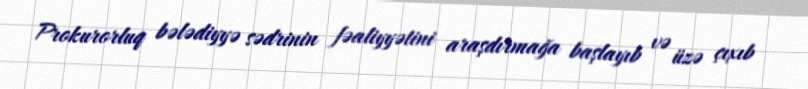
Prokurorluq bələdiyyə sədrinin fəaliyyətini araşdırmağa başlayıb və üzə çıxıb